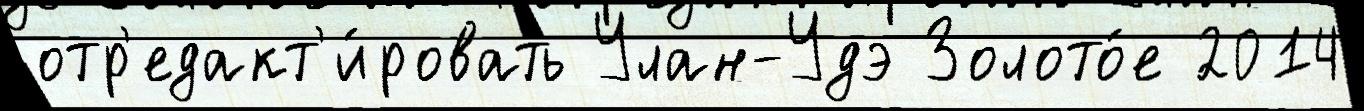
отр'едакт'и́ровать Улан-Удэ Золото́е 2014